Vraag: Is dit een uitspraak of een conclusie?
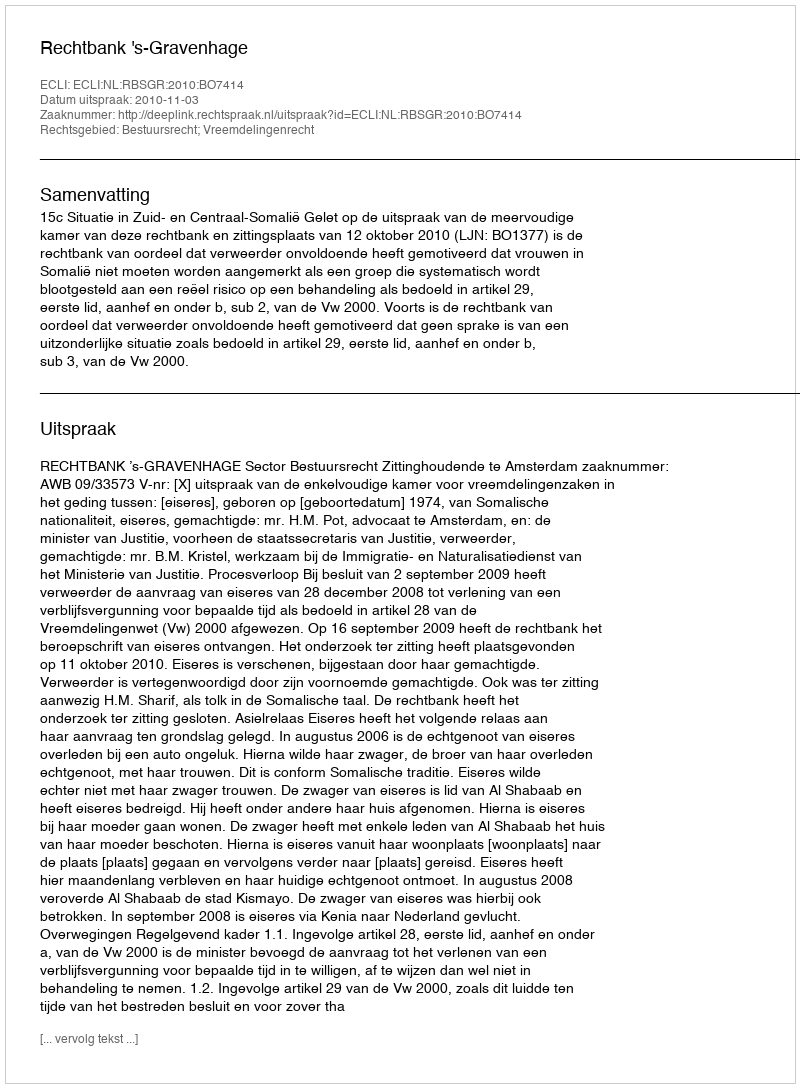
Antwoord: Uitspraak